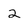
Character: 2